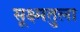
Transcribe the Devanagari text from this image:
सूक्ष्मतुला